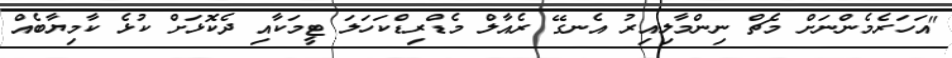
"އަހަރެމެންނަށް މެޗް ނިންމާލިއިރު އެނގޭ ރެއާލް މެޑްރިޑްކަހަލަ ޓީމަކާއި ދެކޮޅަށް ކުޅެ ކާމިޔާބެއް